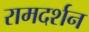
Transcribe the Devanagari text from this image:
रामदर्शन